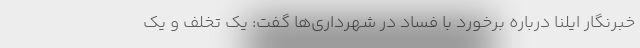
خبرنگار ایلنا درباره برخورد با فساد در شهرداری‌ها گفت: یک تخلف و یک